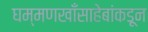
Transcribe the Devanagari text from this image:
घम्मणखाँसाहेबांकडून